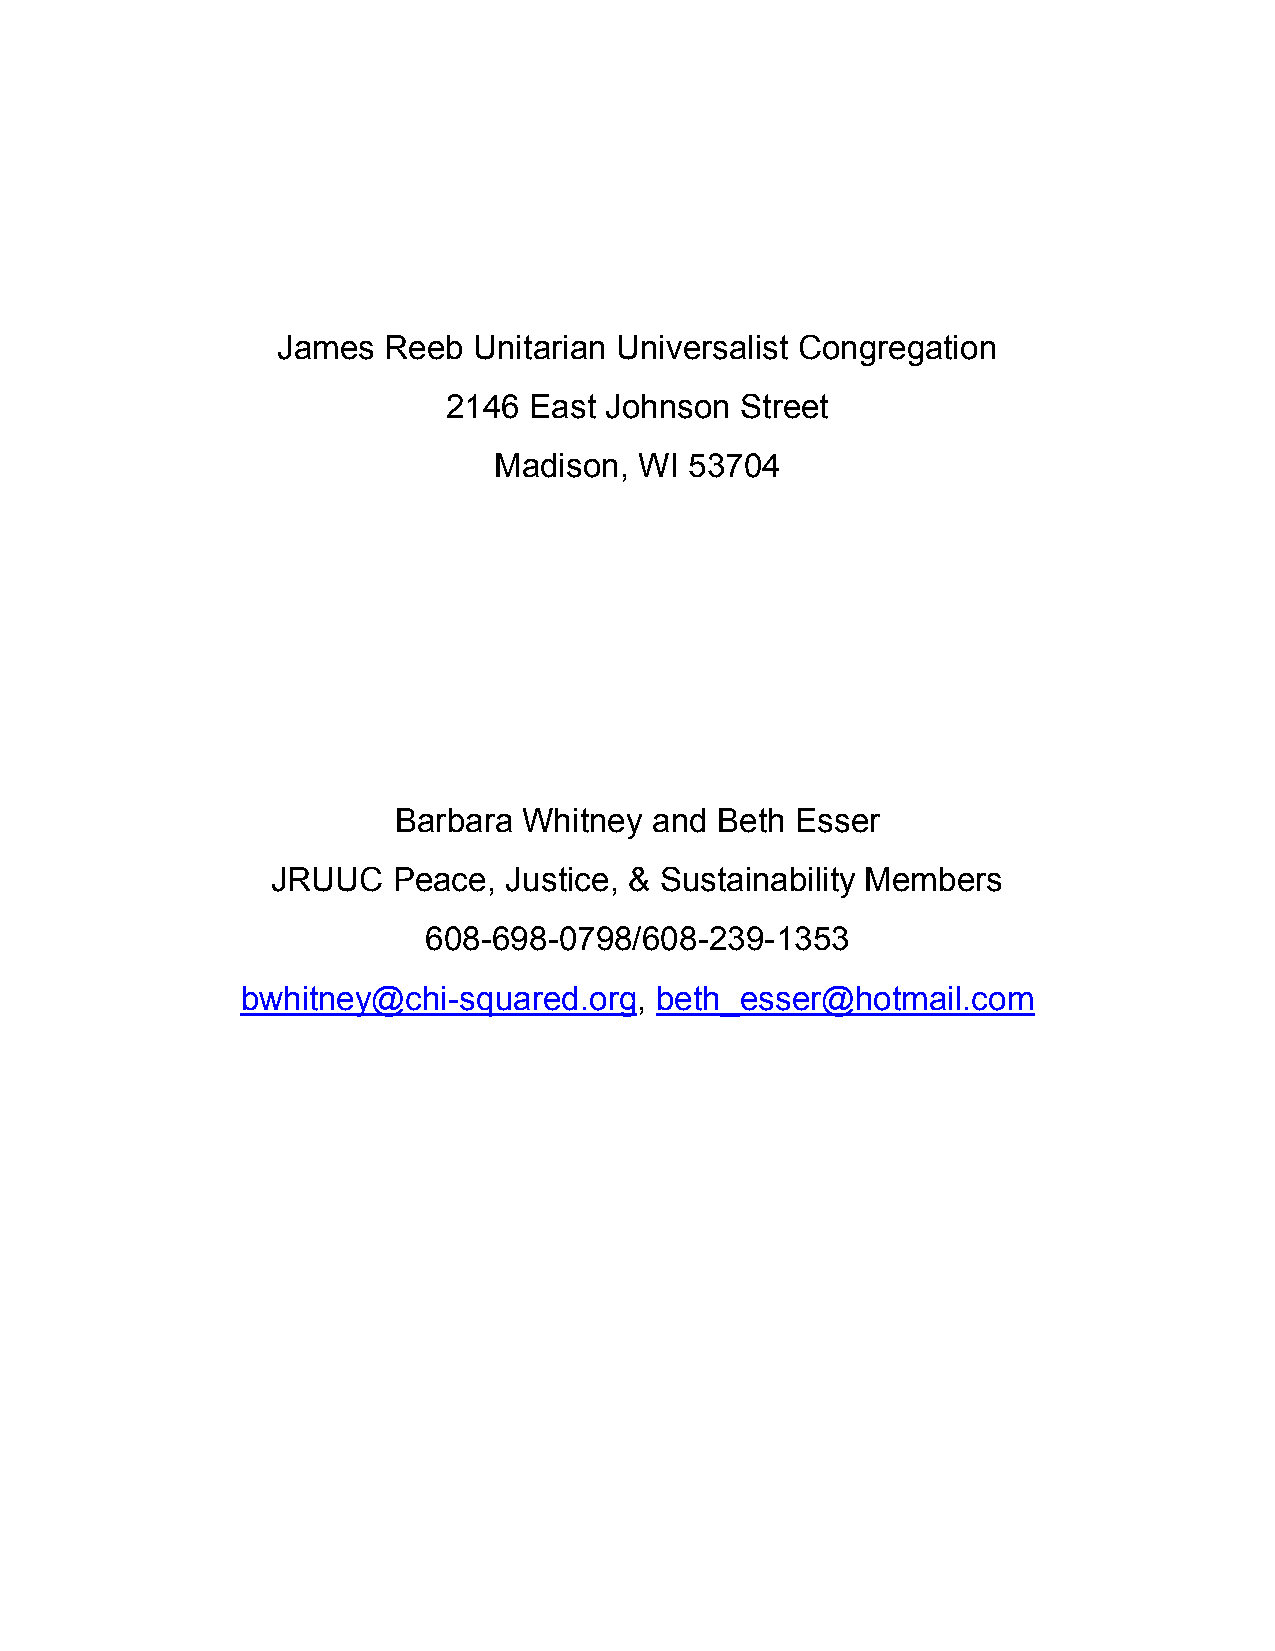
James  Reeb  Unitarian Universalist Congregation
 2146 East Johnson  Street
 Madison, WI  53704
 Barbara  Whitney and Beth  Esser
 JRUUC   Peace, Justice, & Sustainability Members
 608-698-0798/608-239-1353
 bwhitney@chi-squared.org,  beth_esser@hotmail.com